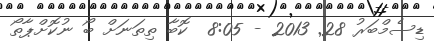
ޑިސެމްބަރު 28